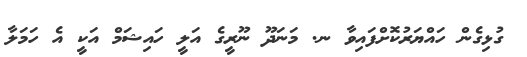
ގުޅިގެން ހައްޔަރުކޮށްފައިވާ ނ. މަނަދޫ ނޫރީގެ އަލީ ހައިޝަމް އަކީ އެ ހަމަލާ